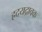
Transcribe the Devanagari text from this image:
ह्रदयद्रावक